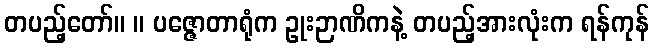
တပည့်တော်။ ။ ပဇ္ဇောတာရုံက ဥုးဉာဏိကနဲ့ တပည့်အားလုံးက ရန်ကုန်